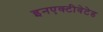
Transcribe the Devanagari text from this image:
इनएक्टीवेटेड